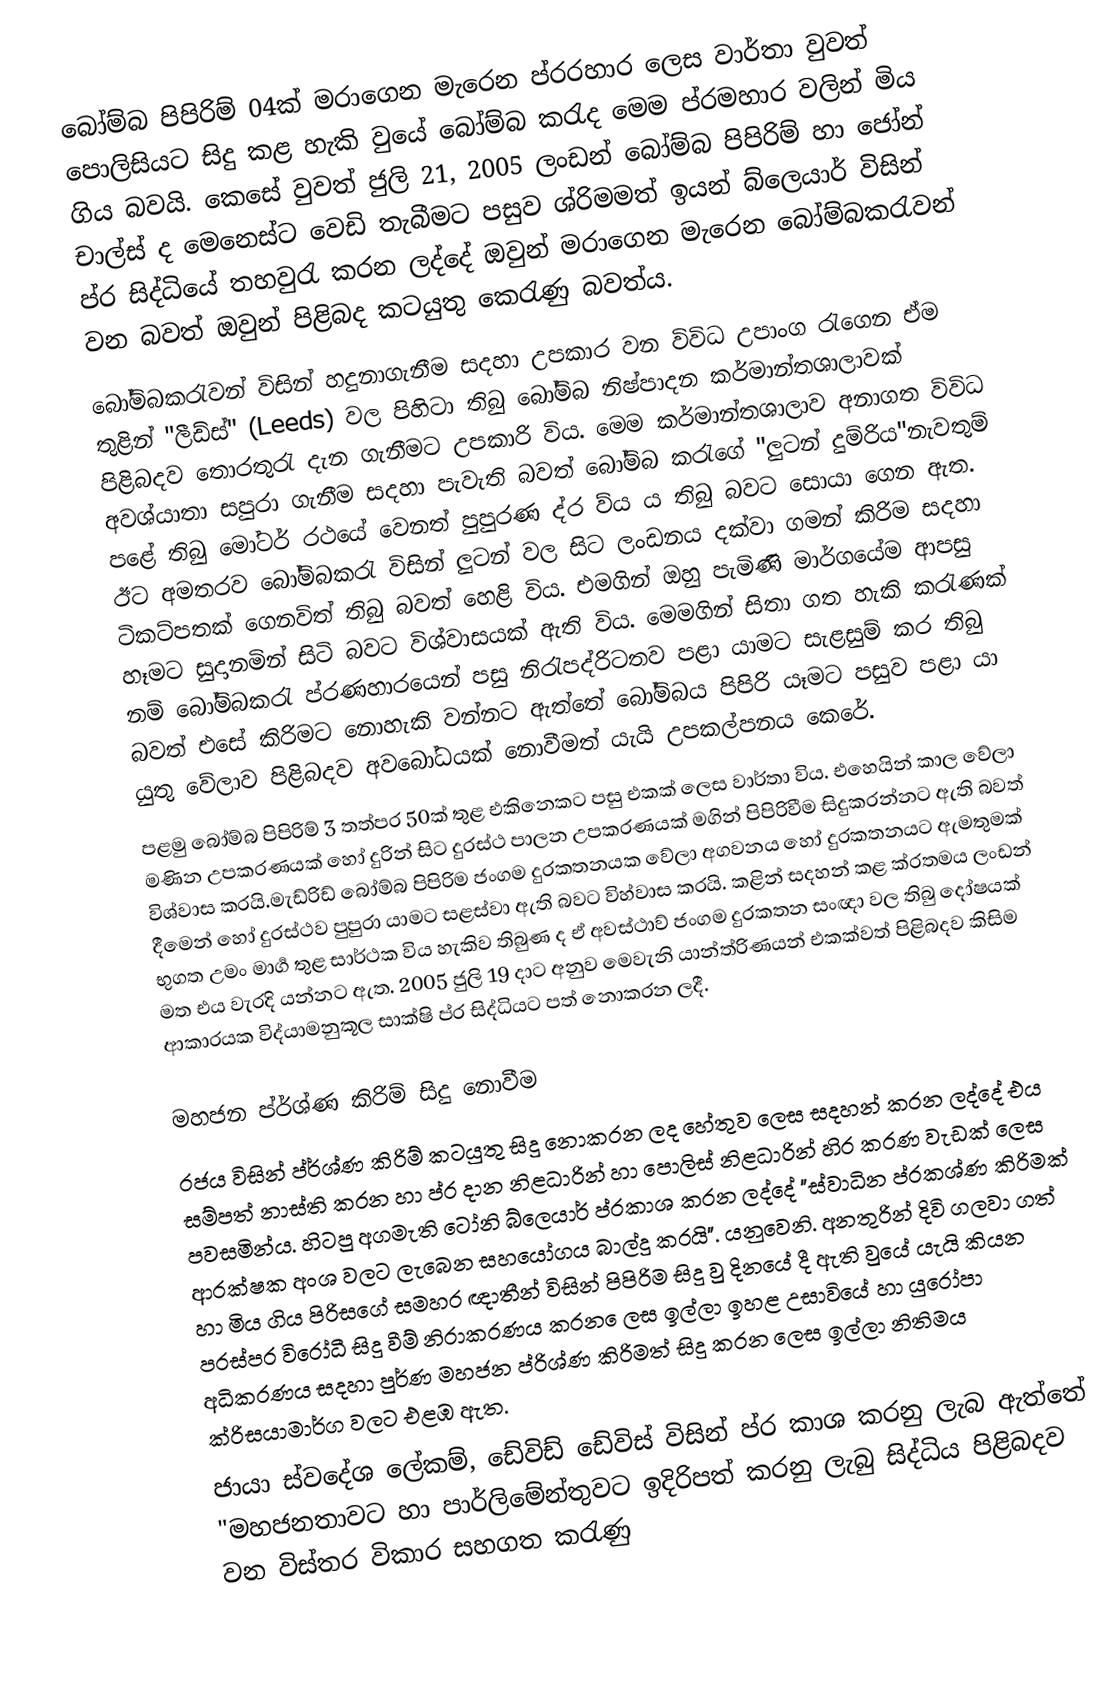
බෝම්බ පිපිරිම් 04ක් මරාගෙන මැරෙන ප්රරහාර ලෙස වාර්තා වුවත් පොලිසියට සිදු කළ හැකි වුයේ බෝම්බ කරැද මෙම ප්රමහාර වලින් මිය ගිය බවයි. කෙසේ වුවත් ජුලි 21, 2005 ලංඩන් බෝම්බ පිපිරිම් හා ජෝන් චාල්ස් ද මෙනෙස්ට වෙඩි තැබීමට පසුව ශ්රිමමත් ඉයන් බ්ලෙයාර් විසින් ප්ර සිද්ධියේ තහවුරැ කරන ලද්දේ ඔවුන් මරාගෙන මැරෙන බෝම්බකරැවන් වන බවත් ඔවුන් පිළිබද කටයුතු කෙරැණු බවත්ය.
බෝම්බකරැවන් විසින් හදුනාගැනීම සදහා උපකාර වන විවිධ උපාංග රැගෙන ඒම තුළින් "ලීඩ්ස්" (Leeds) වල පිහිටා තිබු බෝම්බ නිෂ්පාදන කර්මාන්තශාලාවක් පිළිබදව තොරතුරැ දැන ගැනීමට උපකාරි විය. ‍මෙම කර්මාන්තශාලාව අනාගත විවිධ අවශ්යාතා සපුරා ගැනීම සදහා පැවැති බවත් බෝම්බ කරැගේ "ලුටන් දුම්රිය"නැවතුම් පළේ තිබු මෝටර් රථයේ වෙනත් පුපුරණ ද්ර ව්ය ය තිබු බවට සොයා ගෙන ඇත. ඊට අමතරව බෝම්බකරැ විසින් ලුටන් වල සිට ලංඩනය දක්වා ගමන් කිරිම සදහා ටිකට්පතක් ගෙනවිත් තිබු බවත් හෙළි විය. එමගින් ඔහු පැමිණි මාර්ගයේම ආපසු හෑමට සුදානමින් සිටි බවට විශ්වාසයක් ඇති විය. මෙමගින් සිතා ගත හැකි කරැණක් නම් බෝම්බකරැ ප්රණහාරයෙන් පසු නිරැපද්රිටතව පළා යාමට සැළසුම් කර තිබු බවත් එසේ කිරිමට නොහැකි වන්නට  ඇත්තේ බෝම්බය පිපිරි යෑමට පසුව පළා යා යුතු වේලාව පිළිබදව අවබෝධයක් නොවීමත් යැයි උපකල්පනය කෙරේ.
පළමු බෝම්බ පිපිරිම් 3 තත්පර 50ක් තුළ එකිනෙකට පසු එකක් ලෙස වාර්තා විය. එහෙයින් කාල වේලා මණින උපකරණයක් හෝ දුරින් සිට දුරස්ථ පාලන උපකරණයක් මගින් පිපිරිවීම සිදුකරන්නට ඇති බවත් විශ්වාස කරයි.මැඩ්රිඩ් බෝම්බ පිපිරිම ජංගම දුරකතනයක වේලා අගවනය හෝ දුරකතනයට ඇමතුමක් දීමෙන් හෝ දුරස්ථව පුපුරා යාමට සළස්වා ඇති බවට විහ්වාස කරයි. කළින් සදහන් කළ ක්රතමය ලංඩන් භුගත උමං මාර්‍ග තුළ සාර්ථක විය හැකිව තිබුණ ද ඒ අවස්ථාව් ජංගම දුරකතන සංඥා වල තිබු දෝෂයක් මත එය වැරදි යන්නට ඇත. 2005 ජුලි 19 දාට අනුව මෙවැනි යාන්ත්රිණයන් එකක්වත් පිළිබදව කිසිම ආකාරයක විද්යාමනුකූල සාක්ෂි ප්ර සිද්ධියට පත් නොකරන ලදී.

මහජන ප්ර්ශ්ණ කිරිම් සිදු නොවීම
රජය විසින් ප්ර්ශ්ණ කිරිම් කටයුතු සිදු නොකරන ලද හේතුව ලෙස සදහන් කරන ලද්දේ එය සම්පත් නාස්ති  කරන හා ප්ර දාන නිළධාරින් හා පොලිස් නිළධාරින් හිර කරණ වැඩක් ලෙස පවසමින්ය. හිටපු අගමැති ටෝනි බ්ලෙයාර් ප්ර‍කාශ කරන ලද්දේ "ස්වාධින ප්රකශ්ණ කිරිමක් ආරක්ෂක අංශ වලට ලැබෙන සහයෝගය බාල්දු කරයි". යනුවෙනි. අනතුරින් දිවි ගලවා ගත් හා මිය ගිය පිරිසගේ සමහර ඥාතීන් විසින් පිපිරිම සිදු වු දිනයේ දී ඇති වුයේ යැයි කියන පරස්පර විරෝධී සිදු වීම් නිරාකරණය කරන ‍ෙලස  ඉල්ලා ඉහළ උසාවියේ හා යුරෝපා අධිකරණය සදහා පුර්ණ මහජන ප්රිශ්ණ කිරිමත් සිදු කරන ලෙස ඉල්ලා නිතිමය ක්රිසයාමාර්ග වලට එළඹ ඇත.
ජායා ස්වදේශ ලේකම්, ඩේවිඩ් ඩේවිස් විසින් ප්ර කාශ කරනු ලැබ ඇත්තේ "මහජනතාවට හා පාර්ලිමේන්තුවට ඉදිරිපත් කරනු ලැබු සිද්ධිය පිළිබදව වන විස්තර විකාර සහගත කරැණු